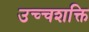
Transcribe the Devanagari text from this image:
उच्‍चशक्ति